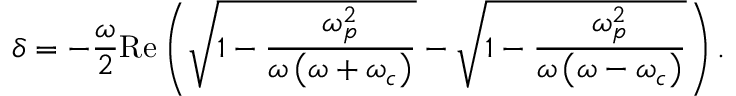
\delta = - \frac { \omega } { 2 } \mathrm { R e } \left( \sqrt { 1 - \frac { \omega _ { p } ^ { 2 } } { \omega \left( \omega + \omega _ { c } \right) } } - \sqrt { 1 - \frac { \omega _ { p } ^ { 2 } } { \omega \left( \omega - \omega _ { c } \right) } } \right) .